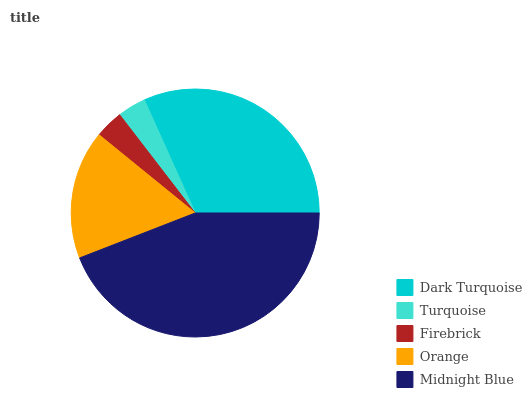
| Dark Turquoise | Turquoise | Firebrick | Orange | Midnight Blue |
 | --- | --- | --- | --- | --- |
 | 31.7% | 3.71% | 3.71% | 16.7% | 44.1% |